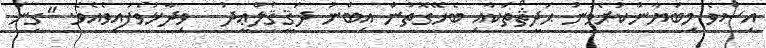
އިސްވެ މިބަޔާންކުރެވުނު ޙަދީޘްތަކާއި ބެހޭގޮތުން އިބްނު ދަޤީޤުލްޢީދު   ވިދާޅުވެފައިވެއެވެ. "ގިނަ